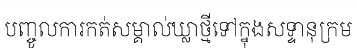
បញ្ចូលការកត់សម្គាល់ឃ្លាថ្មីទៅក្នុងសទ្ទានុក្រម